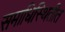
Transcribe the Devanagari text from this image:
समाधिस्थितीत